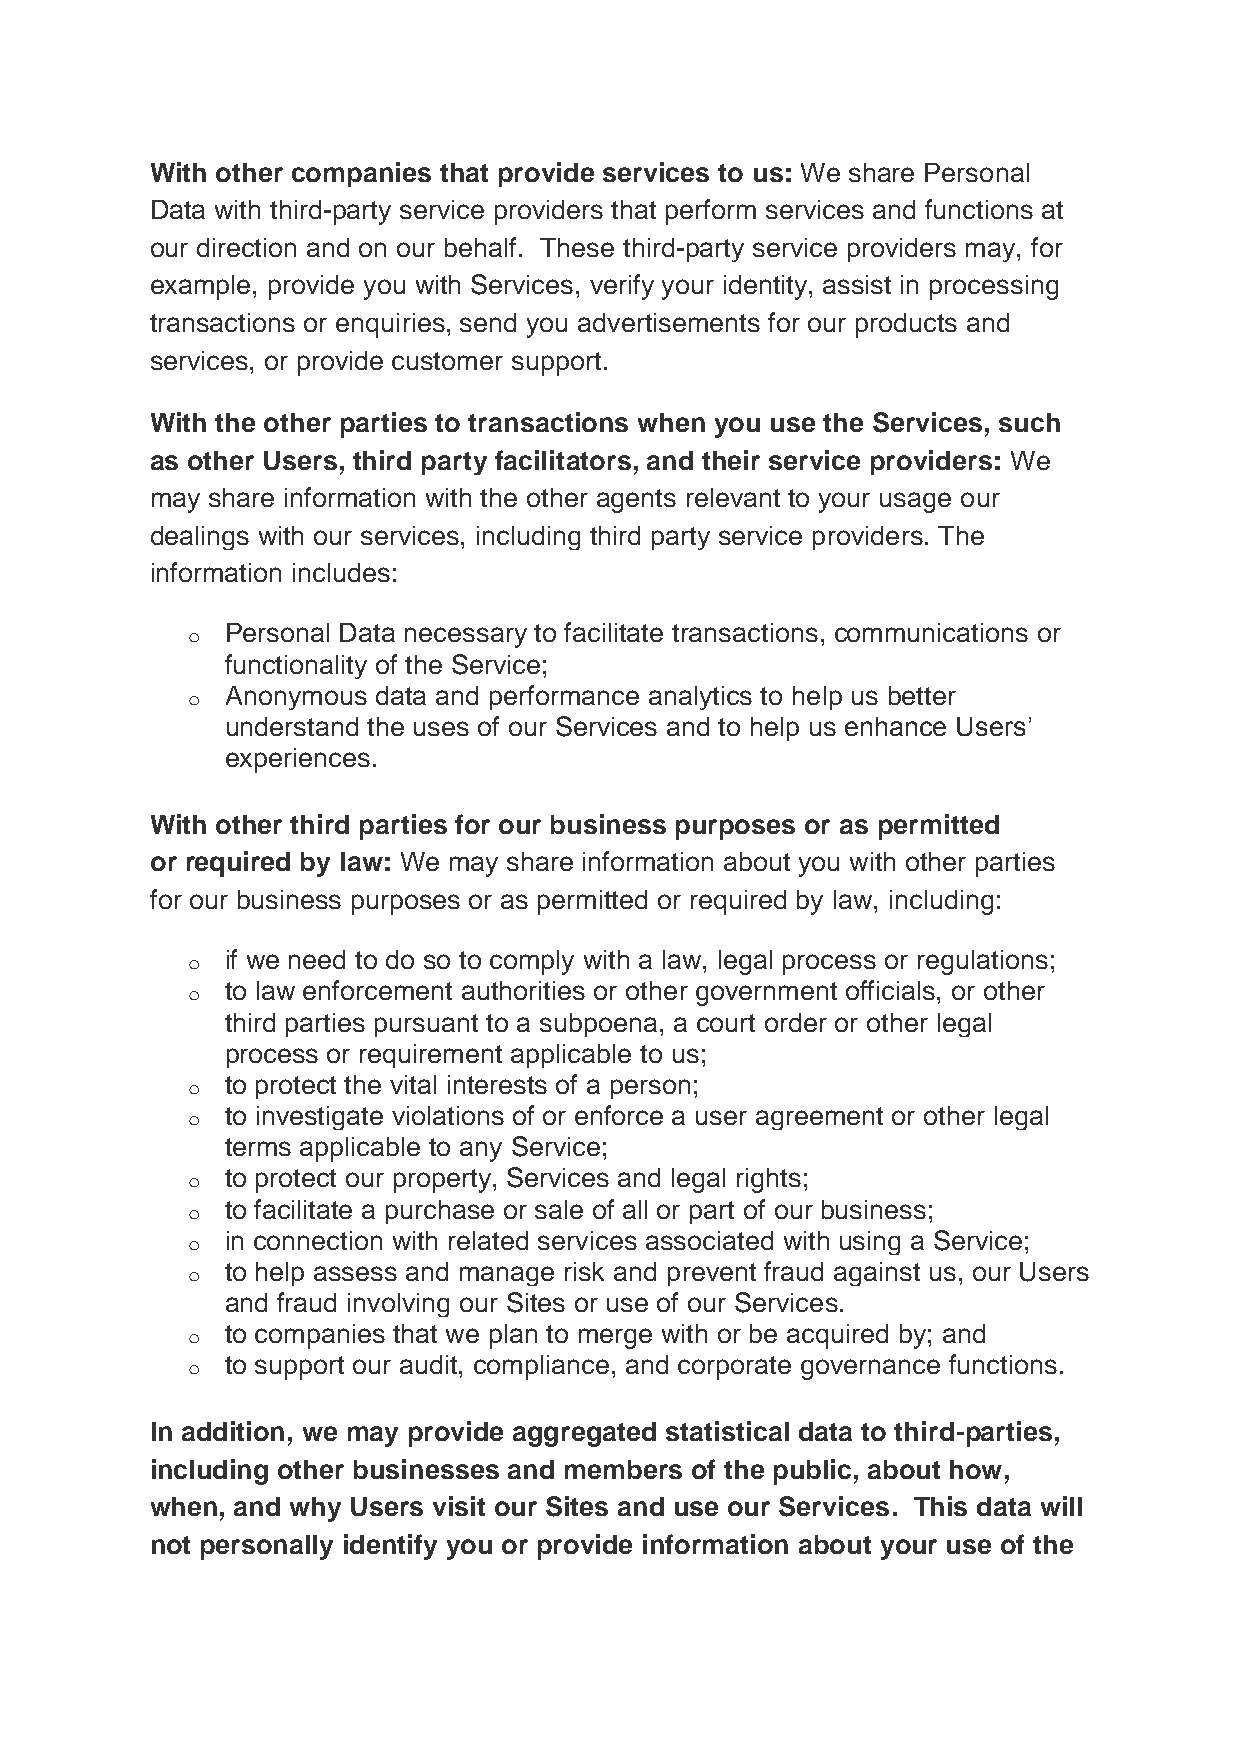
With other companies that provide services to us: We share Personal
 Data with third-party service providers that perform services and functions at
 our direction and on our behalf. These third-party service providers may, for
 example, provide you with Services, verify your identity, assist in processing
 transactions or enquiries, send you advertisements for our products and
 services, or provide customer support.
 With the other parties to transactions when you use the Services, such
 as other Users, third party facilitators, and their service providers: We
 may share information with the other agents relevant to your usage our
 dealings with our services, including third party service providers. The
 information includes:
 o  Personal Data necessary to facilitate transactions, communications or
 functionality of the Service;
 o  Anonymous data and performance analytics to help us better
 understand the uses of our Services and to help us enhance Users’
 experiences.
 With other third parties for our business purposes or as permitted
 or required by law: We may share information about you with other parties
 for our business purposes or as permitted or required by law, including:
 o  if we need to do so to comply with a law, legal process or regulations;
 o  to law enforcement authorities or other government officials, or other
 third parties pursuant to a subpoena, a court order or other legal
 process or requirement applicable to us;
 o  to protect the vital interests of a person;
 o  to investigate violations of or enforce a user agreement or other legal
 terms applicable to any Service;
 o  to protect our property, Services and legal rights;
 o  to facilitate a purchase or sale of all or part of our business;
 o  in connection with related services associated with using a Service;
 o  to help assess and manage risk and prevent fraud against us, our Users
 and fraud involving our Sites or use of our Services.
 o  to companies that we plan to merge with or be acquired by; and
 o  to support our audit, compliance, and corporate governance functions.
 In addition, we may provide aggregated statistical data to third-parties,
 including other businesses and members of the public, about how,
 when, and why Users visit our Sites and use our Services. This data will
 not personally identify you or provide information about your use of the